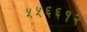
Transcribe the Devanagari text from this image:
५५६६१२